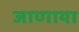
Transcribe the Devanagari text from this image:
जाणाया